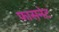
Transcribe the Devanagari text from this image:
फासनेट